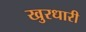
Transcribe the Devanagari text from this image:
खुरधारी